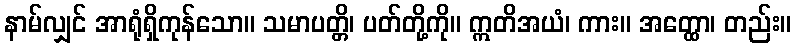
နာမ်လျှင် အာရုံရှိကုန်သော။ သမာပတ္တိ၊ ပတ်တို့ကို။ ဣတိအယံ၊ ကား။ အတ္ထော၊ တည်း။